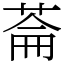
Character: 菕